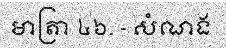
មាត្រា ៤៦. - សំណង